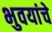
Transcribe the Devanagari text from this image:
भुवयांचे